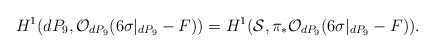
\begin{align*}H^{1}(dP_9, {\cal O}_{dP_9}(6 \sigma|_{dP_9} -F))=H^{1} ({\cal S}, \pi_{*}{\cal O}_{dP_9}(6\sigma|_{dP_9} -F)).\end{align*}